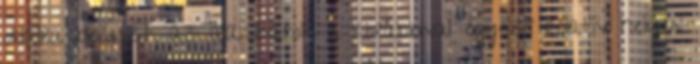
oldalra beilleszt, az alakzatok a korábbival egyező relatív helyen